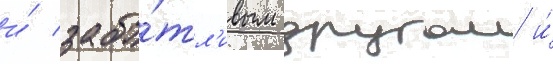
и́ забо́тл'ивым другом и́